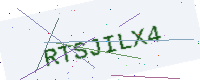
Text: RTSJILX4